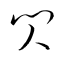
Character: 閃